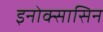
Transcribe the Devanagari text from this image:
इनोक्सासिन